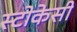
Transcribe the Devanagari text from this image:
स्टोकेसी